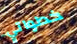
خطواتي